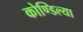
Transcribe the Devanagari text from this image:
कोण्डिल्या